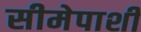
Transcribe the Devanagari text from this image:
सीमेपाशी